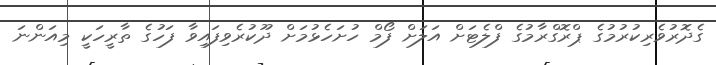
ގެދޮރުވެރިކުރުމުގެ ޕްރޮގްރާމުގެ ފްލެޓަށް އަލަށް ފޯމް ހުށަހެޅުމަށް ދޫކުރެވިފައިވާ ފަހުގެ ތާރީހަކީ މިއަންނަ